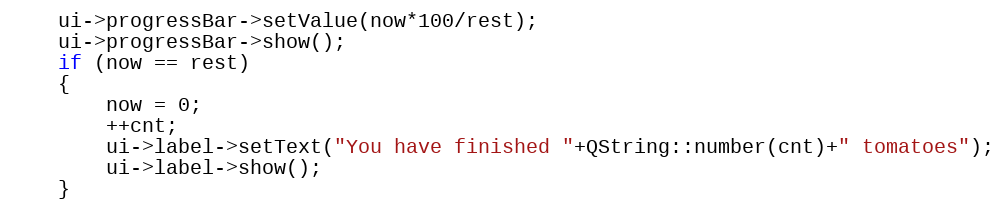
Language: C++
    ui->progressBar->setValue(now*100/rest);
    ui->progressBar->show();
    if (now == rest)
    {
        now = 0;
        ++cnt;
        ui->label->setText("You have finished "+QString::number(cnt)+" tomatoes");
        ui->label->show();
    }